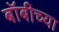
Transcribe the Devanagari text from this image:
बॉबीच्या